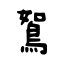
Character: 鴽